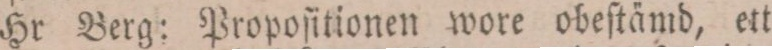
Hr Berg: Propoſitionen wore obeſtämd, ett